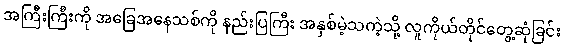
အကြီးကြီးကို အခြေအနေသစ်ကို နည်းပြကြီး အနှစ်မဲ့သကဲ့သို့ လူကိုယ်တိုင်တွေ့ဆုံခြင်း